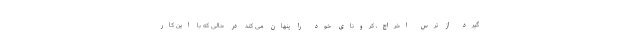
گیرد از ترس اخراج، کرونای خود را پنهان می کند در حالی که با این کار